Kuressaare_kinnistusamet, lk 21
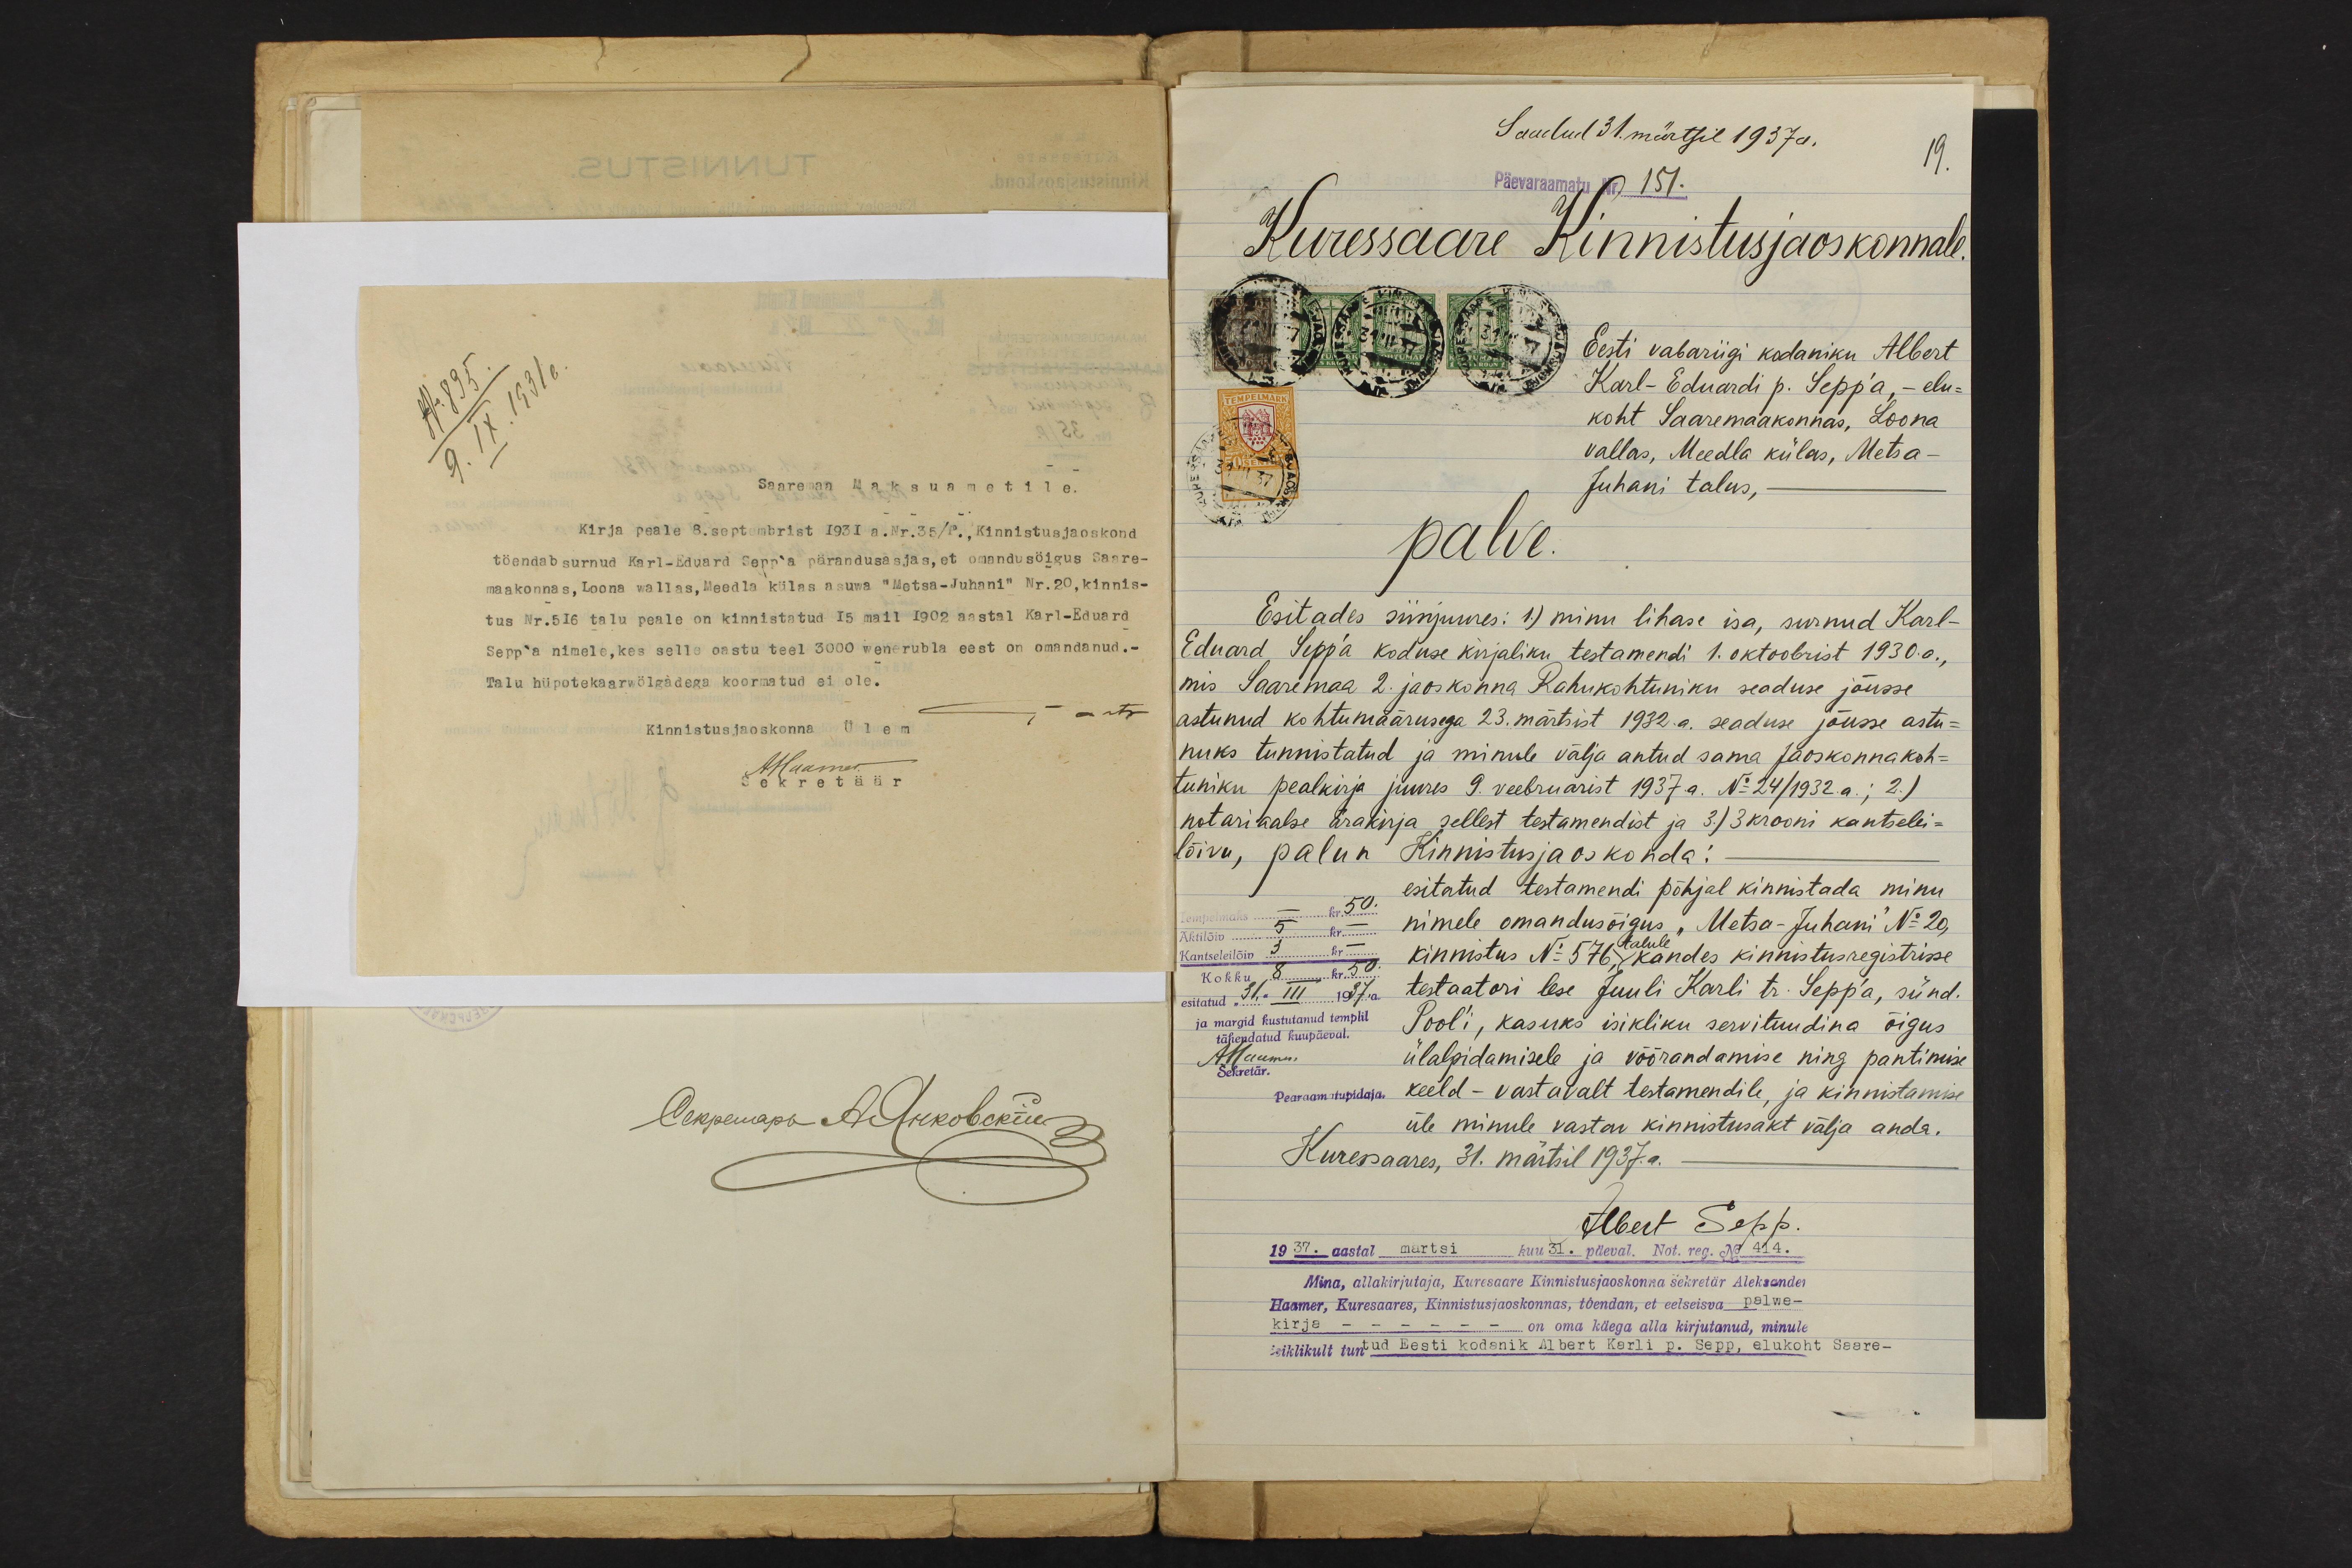
No: 895.
9. IX.1931 a.
Saaremaa Maksuametile
Kirja peale 8. septembrist 1931 a. Nr.35/P., Kinnistusjaoskond
töendab surnud Karl-Eduard Sepp'a pärandusasjas, et omandusöigus Saare-
maakonnas, Loona wallas, Meedla külas asuwa "Metsa-Juhani" Nr.20,kinnis-
tus Nr.516 talu peale on kinnistatud 15 mail 1902 aastal Karl-Eduard
Sepp'a nimele, kes selle oastu teel 3000 wenerubla eest on omandanud.-
Talu hüpotekaarwölgadega koormatud ei ole.
Kinnistusjaoskonna ülem
Muamuar
sekretäär

Saadud 31. märtsil 1937 a.
19.
Päevaraamatu Nr. 157.
Kuressaare Kinnistusjaoskonnale.
Eesti vabariigi kodaniku Albert
Karl- Eduardi p. Sepp'a, - elu-
koht Saaremaakonnas, Loona
vallas, Meedla külas, Metsa-
Juhani talus,
palve.
Esitades siinjuures: 1) minu lihase isa, surnud Karl-
Eduard Sepp'a koduse kirjaliku testamendi 1. oktoobrist 1930.a.
mis Saaremaa 2. jaoskonna Rahukohtuniku seaduse jõusse
astunud kohtumäärusega 23. märtsist 1932.a. seaduse jõusse astu-
nuks tunnistatud ja minule välja antud sama Jaoskonna koh-
tuniku pealkirja juures 9. veebruarist 1937.a. No 24/1932 a.; 2.)
notaritaalse ärakirja sellest testamendist ja 3) 3 krooni kantselei-
lõivu, palun Kinnistusjaoskonda:
esitatud testamendi põhjal kinnistada minu
nimele omandusõigus "Metsa-Juhani" No 20,
talule
kinnistus N: 576 kandes kinnistusegistrisse
testaatori lese Juuli Karli tr. Sepp'a, sünd.
Pool´i, kasuks isikliku servituudina õigus,
ülalpidamisele ja võõrandamise ning pantimise
Pearaamatupidaja. keeld - vastavalt testamendile, ja kinnistamise
üle minule vastav kinnistusakt välja anda.
Kuresaares, 31. märtsil 1937.a.
kr. 50
Aktilõiv 5 kr.-
Kantseleilõiv 3 k.-
Kokku 8 kr. 50
esitatud "31" III 1937. a.
ja margid kustutanud templi
tähendatud kuupäeval.
Sekretär
Albert Sepp
1937. aastal märtsi kuu 31. päeval. Not. reg. No 414.
Mina, allakirjutaja, Kuresaare Kinnistusjaoskonna sekretär Aleksander
Haamer, Kuresaares, Kinnistusjaoskonnas, tõendan, et eelseisva palwe-
kirja - - - on oma käega alla kirjutanud, minule
isiklikult tuntud Eesti kodanik Albert Karli p. Sepp, elukoht
Saare-